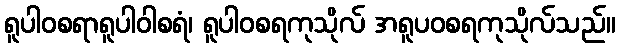
ရူပါဝစရာရူပါဝါစရံ၊ ရူပါဝစရကုသိုလ် အရူပဝစရကုသိုလ်သည်။